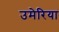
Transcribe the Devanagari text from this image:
उमेरिया